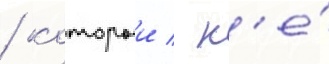
/ которыи / н'е́